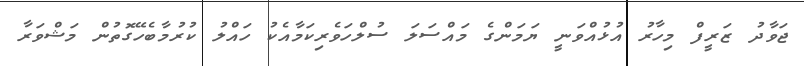
ޖަވާދު ޒަރީފް މިހާރު އުޅުއްވަނީ ޔަމަންގެ މައްސަލަ ސުލްހަވެރިކަމާއެކު ހައްލު ކުރުމާބެހޭގޮތުން މަޝްވަރާ